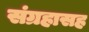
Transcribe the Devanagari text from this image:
संग्रहासह